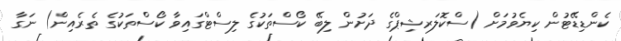
ކެންޑިޑޭޓުން ކިޔެވުމަށް (ސްކޮލަރޝިޕްގެ ދަށުން ލިބޭ ކޯސްތަކުގެ ލިސްޓްގައިވާ ކޯސްތަކުގެ ތެރެއިން) ނަގާ